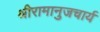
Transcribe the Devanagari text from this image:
श्रीरामानुजचार्य